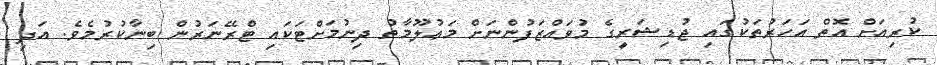
ކުރިއަށް އޮތް އަހަރުތަކުގައި ޖުޑިޝަރީގެ މުވައްޒަފުންނަށް މަޢުލޫމާތު ދިނުމަށްޓަކައި ޓްރޭނަރުން ބިނާކުރުމެވެ. އަދި